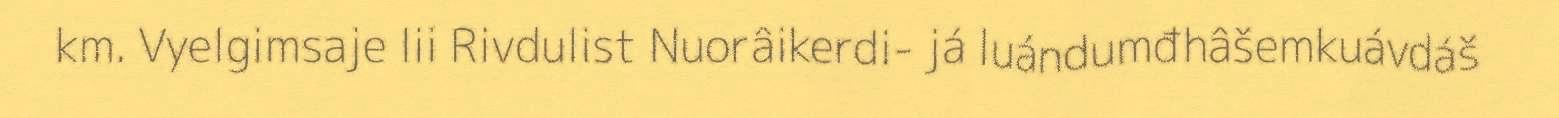
km. Vyelgimsaje lii Rivdulist Nuorâikerdi- já luándumđhâšemkuávdáš